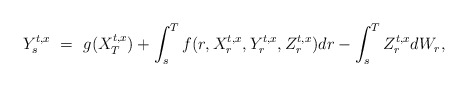
\begin{align*}Y_s^{t,x} \ = \ g(X_T^{t,x}) + \int_s^T f(r,X_r^{t,x},Y_r^{t,x},Z_r^{t,x}) dr - \int_s^T Z_r^{t,x} dW_r,\end{align*}